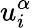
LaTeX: u_{i}^{\alpha}